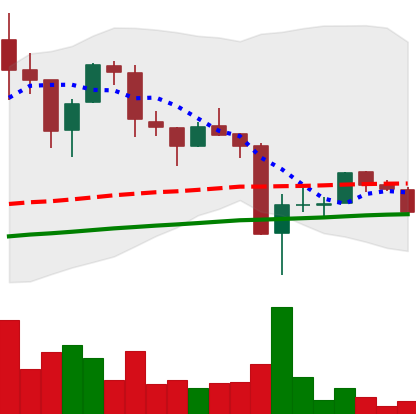
Ticker: LTC-USD
Chart end date: 2017-09-21
Forward return: 10.602%
Label: up_7plus